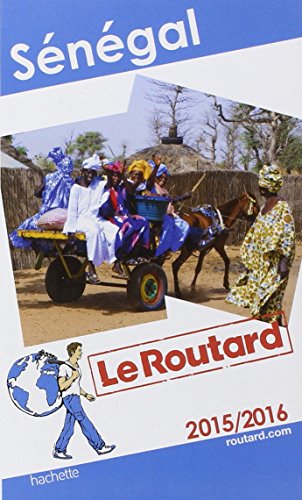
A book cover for Guides Du Routard Etranger: Guide Du Routard Senegal 2015-2016 (French Edition); Travel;